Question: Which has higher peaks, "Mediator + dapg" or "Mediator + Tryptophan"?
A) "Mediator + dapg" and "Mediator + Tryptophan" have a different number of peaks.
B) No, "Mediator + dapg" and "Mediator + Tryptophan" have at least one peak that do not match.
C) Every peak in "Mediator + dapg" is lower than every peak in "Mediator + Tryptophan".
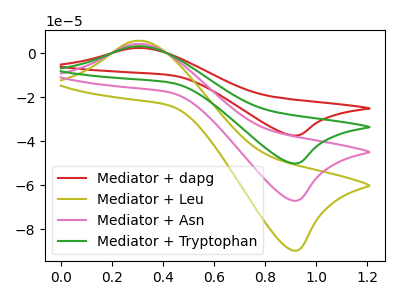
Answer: <think>The red curve "Mediator + dapg" has an anodic peak at (0.30V, 2.35uA) and a cathodic peak at (0.90V, -37.45uA). The olive curve "Mediator + Leu" has an anodic peak at (0.30V, 9.45uA) and a cathodic peak at (0.90V, -150.40uA). The pink curve "Mediator + Asn" has an anodic peak at (0.30V, 6.30uA) and a cathodic peak at (0.90V, -100.30uA). The green curve "Mediator + Tryptophan" has an anodic peak at (0.30V, 3.15uA) and a cathodic peak at (0.90V, -50.15uA).</think>
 <answer>C) Every peak in "Mediator + dapg" is lower than every peak in "Mediator + Tryptophan".</answer>
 <eval>C</eval>